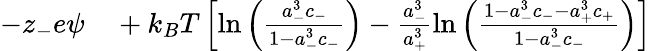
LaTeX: \begin{array}{rl}{-z_{-}e\psi}&{{}+k_{B}T\left[\ln\left({\frac{a_{-}^{3}c_{-}}{1-a_{-}^{3}c_{-}}}\right)-\frac{a_{-}^{3}}{a_{+}^{3}}\ln\left({\frac{1-a_{-}^{3}c_{-}-a_{+}^{3}c_{+}}{1-a_{-}^{3}c_{-}}}\right)\right]}\end{array}